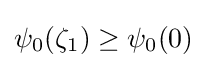
\psi _{0}(\zeta _{1})\geq \psi _{0}(0)